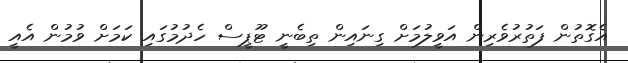
އެގޮތުން ފަތުރުވެރިން އަވީލުމަށް ގިނައިން ތިބެނީ ޓޫޕީސް ހެދުމުގައި ކަމަށް ވުމުން އެއީ